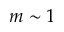
m \sim 1